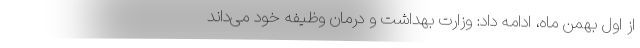
از اول بهمن ماه، ادامه داد: وزارت بهداشت و درمان وظیفه خود می‌داند